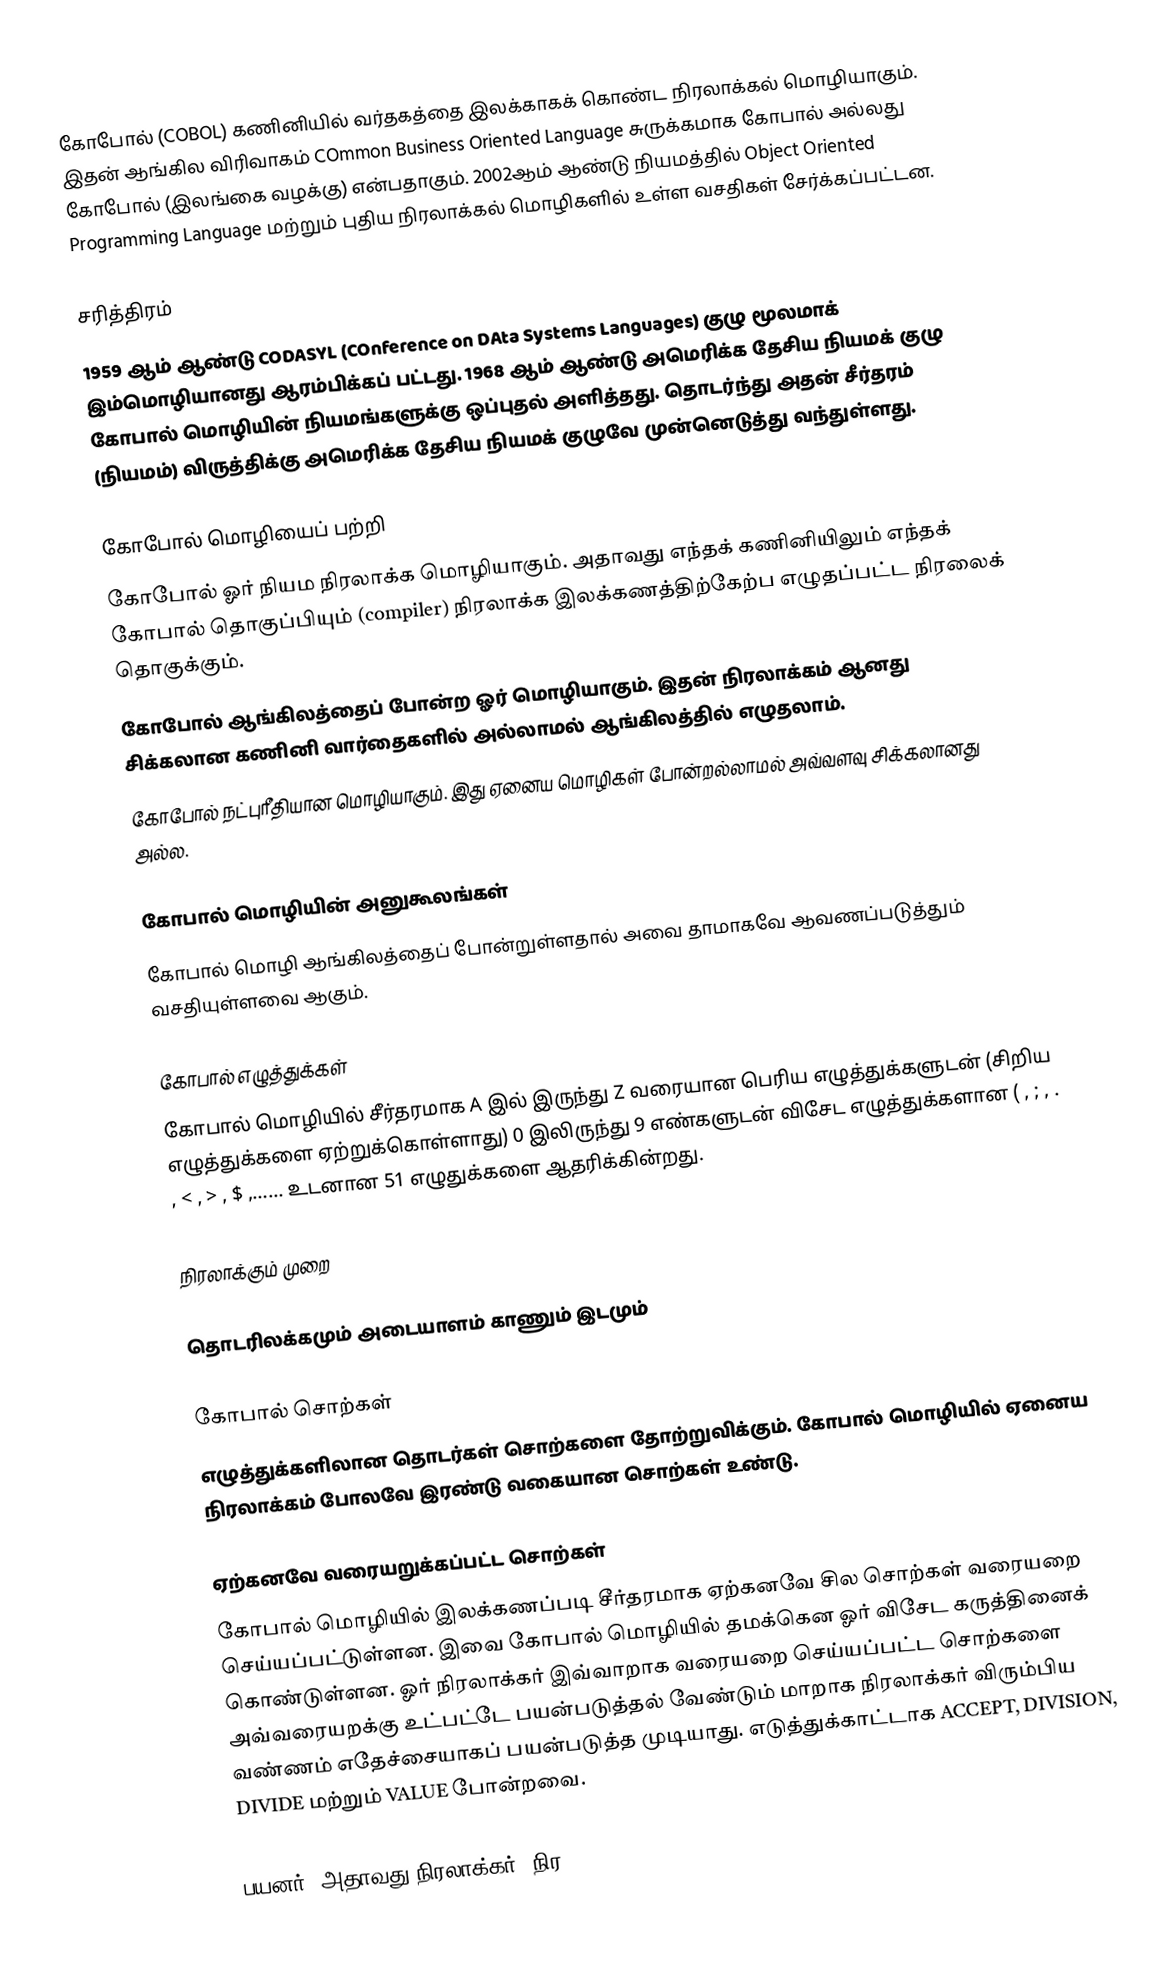
கோபோல் (COBOL) கணினியில் வர்தகத்தை இலக்காகக் கொண்ட நிரலாக்கல் மொழியாகும். இதன் ஆங்கில விரிவாகம் COmmon Business Oriented Language சுருக்கமாக கோபால் அல்லது கோபோல் (இலங்கை வழக்கு) என்பதாகும். 2002ஆம் ஆண்டு நியமத்தில் Object Oriented Programming Language மற்றும் புதிய நிரலாக்கல் மொழிகளில் உள்ள வசதிகள் சேர்க்கப்பட்டன.

சரித்திரம்
1959 ஆம் ஆண்டு CODASYL (COnference on DAta Systems Languages) குழு மூலமாக் இம்மொழியானது ஆரம்பிக்கப் பட்டது. 1968 ஆம் ஆண்டு அமெரிக்க தேசிய நியமக் குழு கோபால் மொழியின் நியமங்களுக்கு ஒப்புதல் அளித்தது. தொடர்ந்து அதன் சீர்தரம் (நியமம்) விருத்திக்கு அமெரிக்க தேசிய நியமக் குழுவே முன்னெடுத்து வந்துள்ளது.

கோபோல் மொழியைப் பற்றி
 கோபோல் ஓர் நியம நிரலாக்க மொழியாகும். அதாவது எந்தக் கணினியிலும் எந்தக் கோபால் தொகுப்பியும் (compiler) நிரலாக்க இலக்கணத்திற்கேற்ப எழுதப்பட்ட நிரலைக் தொகுக்கும்.
 கோபோல் ஆங்கிலத்தைப் போன்ற ஓர் மொழியாகும். இதன் நிரலாக்கம் ஆனது சிக்கலான கணினி வார்தைகளில் அல்லாமல் ஆங்கிலத்தில் எழுதலாம்.
 கோபோல் நட்புரீதியான மொழியாகும். இது ஏனைய மொழிகள் போன்றல்லாமல் அவ்வளவு சிக்கலானது அல்ல.

கோபால் மொழியின் அனுகூலங்கள்
கோபால் மொழி ஆங்கிலத்தைப் போன்றுள்ளதால் அவை தாமாகவே ஆவணப்படுத்தும் வசதியுள்ளவை ஆகும்.

கோபால் எழுத்துக்கள்
கோபால் மொழியில் சீர்தரமாக A இல் இருந்து Z வரையான பெரிய எழுத்துக்களுடன் (சிறிய எழுத்துக்களை ஏற்றுக்கொள்ளாது) 0 இலிருந்து 9 எண்களுடன் விசேட எழுத்துக்களான ( , ; , . , < , > , $ ,…… உடனான 51 எழுதுக்களை ஆதரிக்கின்றது.

நிரலாக்கும் முறை

தொடரிலக்கமும் அடையாளம் காணும் இடமும்

கோபால் சொற்கள்
எழுத்துக்களிலான தொடர்கள் சொற்களை தோற்றுவிக்கும். கோபால் மொழியில் ஏனைய நிரலாக்கம் போலவே இரண்டு வகையான சொற்கள் உண்டு.

ஏற்கனவே வரையறுக்கப்பட்ட சொற்கள்
கோபால் மொழியில் இலக்கணப்படி சீர்தரமாக ஏற்கனவே சில சொற்கள் வரையறை செய்யப்பட்டுள்ளன. இவை கோபால் மொழியில் தமக்கென ஓர் விசேட கருத்தினைக் கொண்டுள்ளன. ஓர் நிரலாக்கர் இவ்வாறாக வரையறை செய்யப்பட்ட சொற்களை அவ்வரையறக்கு உட்பட்டே பயன்படுத்தல் வேண்டும் மாறாக நிரலாக்கர் விரும்பிய வண்ணம் எதேச்சையாகப் பயன்படுத்த முடியாது. எடுத்துக்காட்டாக ACCEPT, DIVISION, DIVIDE மற்றும் VALUE போன்றவை.

பயனர் (அதாவது நிரலாக்கர்) நிர